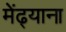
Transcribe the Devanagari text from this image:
मेंढ्याना